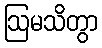
ဩမသိတွာ